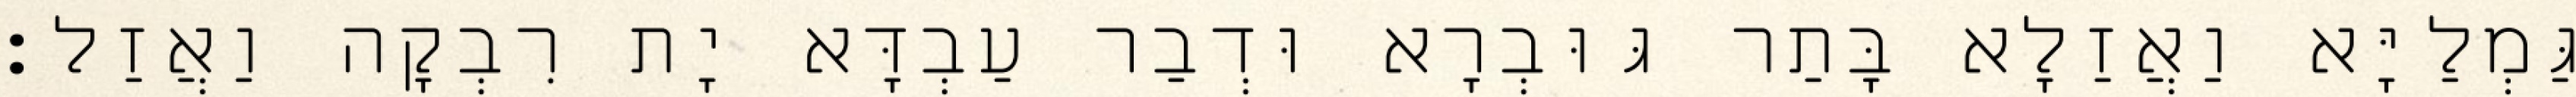
גַּמְלַיָּא וַאֲזַלָא בָּתַר גּוּבְרָא וּדְבַר עַבְדָּא יָת רִבְקָה וַאֲזַל׃